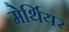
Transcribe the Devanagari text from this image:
मेर्थियर